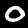
Label: 0